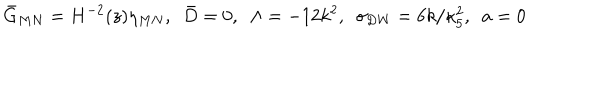
{ \bar { G } } _ { M N } = H ^ { - 2 } ( z ) \eta _ { M N } , ~ ~ \bar { D } = 0 , ~ ~ \Lambda = - 1 2 k ^ { 2 } , ~ ~ \sigma _ { \mathrm { D W } } = 6 k / \kappa _ { 5 } ^ { 2 } , ~ ~ a = 0